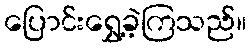
ပြောင်းရွှေ့ခဲ့ကြသည်။